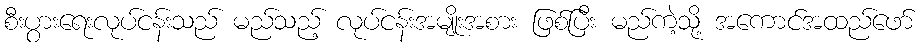
စီးပွားရေးလုပ်ငန်းသည် မည်သည့် လုပ်ငန်းအမျိုးအစား ဖြစ်ပြီး မည်ကဲ့သို့ အကောင်အထည်ဖော်